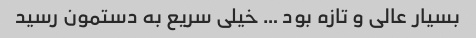
بسیار عالی و تازه بود … خیلی سریع به دستمون رسید